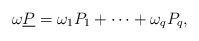
LaTeX: \begin{align*}\omega \underline{P} = \omega_1 P_1 + \cdots + \omega_q P_q, \end{align*}